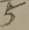
5